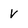
Character: V